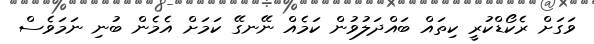
ވަގަށް ރެކޯޑްކުރީ ކިތައް ބައްދަލުވުން ކަމެއް ނޭނގޭ ކަމަށް އެމެން ބުނި ނަމަވެސް